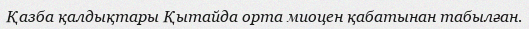
Қазба қалдықтары Қытайда орта миоцен қабатынан табылған.